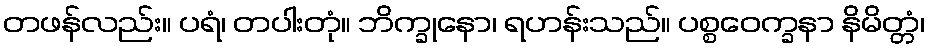
တဖန်လည်း။ ပရံ၊ တပါးတုံ။ ဘိက္ခုနော၊ ရဟန်းသည်။ ပစ္စဝေက္ခနာ နိမိတ္တံ၊